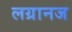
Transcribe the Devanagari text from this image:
लग्रानज